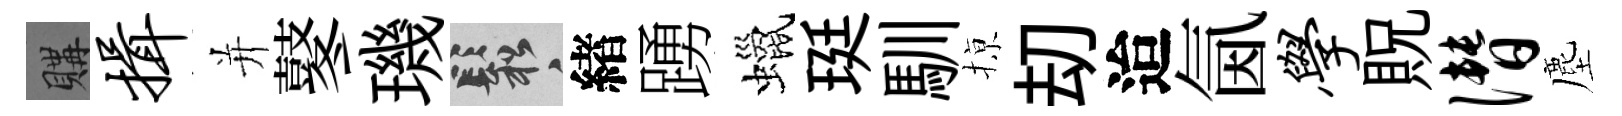
購揖并鼕璣鬆緖踴蠟珽馴𢱊刧迨氤学貺僭塵